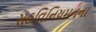
સહવિનિયમનના